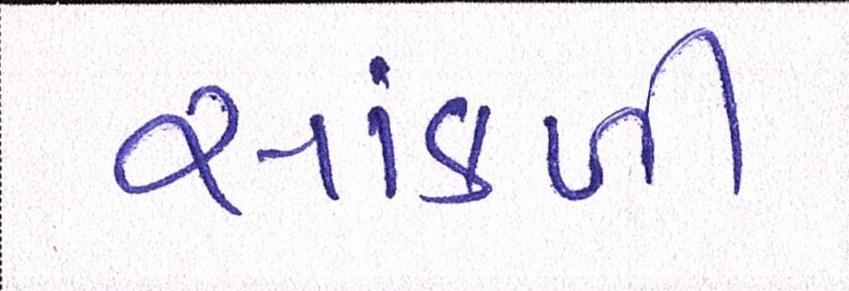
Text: સાંકળી